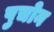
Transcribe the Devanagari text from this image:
पुचोन